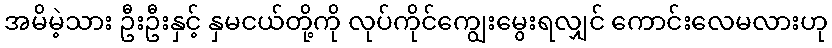
အမိမဲ့သား ဦးဦးနှင့် နှမငယ်တို့ကို လုပ်ကိုင်ကျွေးမွေးရလျှင် ကောင်းလေမလားဟု